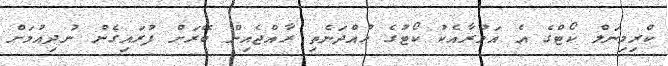
ކްރިމިނަލް ކޯޓްގެ އެ އަމުރާއެކު ކޯޓުގެ ހުއްދަނެތި ރާއްޖެއިން ބޭރަށް ފުރައިގެން ނުދިއުމަށް